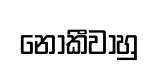
නොකීවාහු